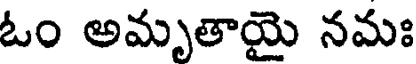
ఓం అమృతాయై నమః